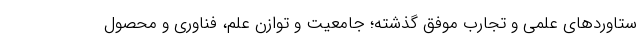
ستاوردهای علمی و تجارب موفق گذشته؛ جامعیت و توازن علم، فناوری و محصول